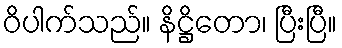
ဝိပါက်သည်။ နိဋ္ဌိတော၊ ပြီးပြီ။